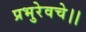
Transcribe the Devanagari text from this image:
प्रभुरेवचे।।